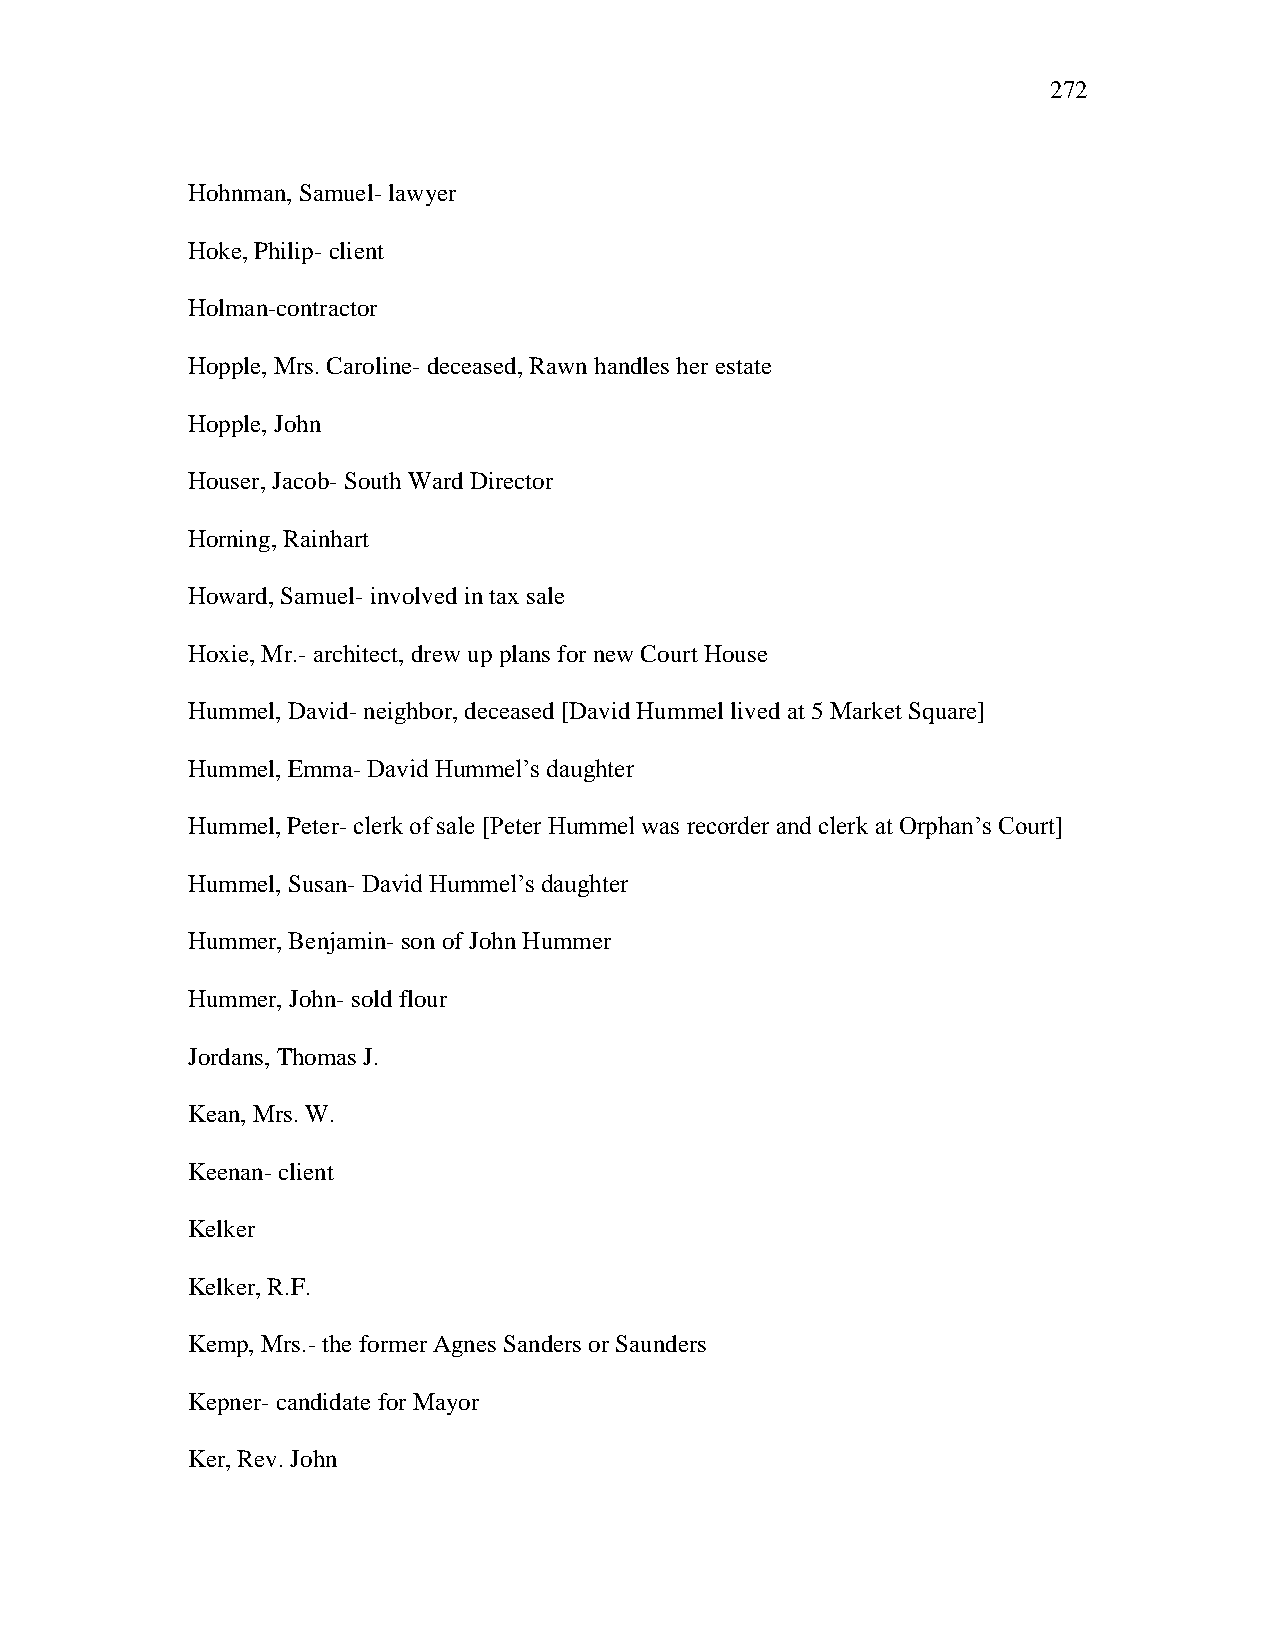
272
 Hohnman, Samuel- lawyer
 Hoke, Philip- client
 Holman-contractor
 Hopple, Mrs. Caroline- deceased, Rawn handles her estate
 Hopple, John
 Houser, Jacob- South Ward Director
 Horning, Rainhart
 Howard, Samuel- involved in tax sale
 Hoxie, Mr.- architect, drew up plans for new Court House
 Hummel, David- neighbor, deceased [David Hummel lived at 5 Market Square]
 Hummel, Emma- David Hummel‘s daughter
 Hummel, Peter- clerk of sale [Peter Hummel was recorder and clerk at Orphan‘s Court]
 Hummel, Susan- David Hummel‘s daughter
 Hummer, Benjamin- son of John Hummer
 Hummer, John- sold flour
 Jordans, Thomas J.
 Kean, Mrs. W.
 Keenan- client
 Kelker
 Kelker, R.F.
 Kemp, Mrs.- the former Agnes Sanders or Saunders
 Kepner- candidate for Mayor
 Ker, Rev. John